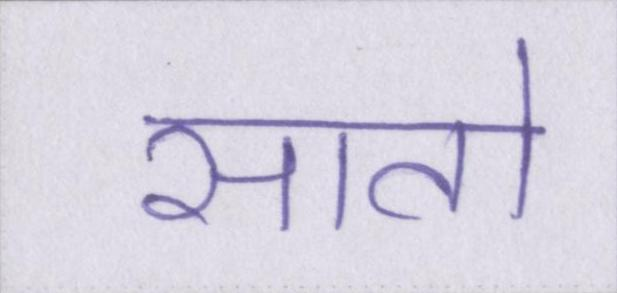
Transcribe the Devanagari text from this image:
सातो